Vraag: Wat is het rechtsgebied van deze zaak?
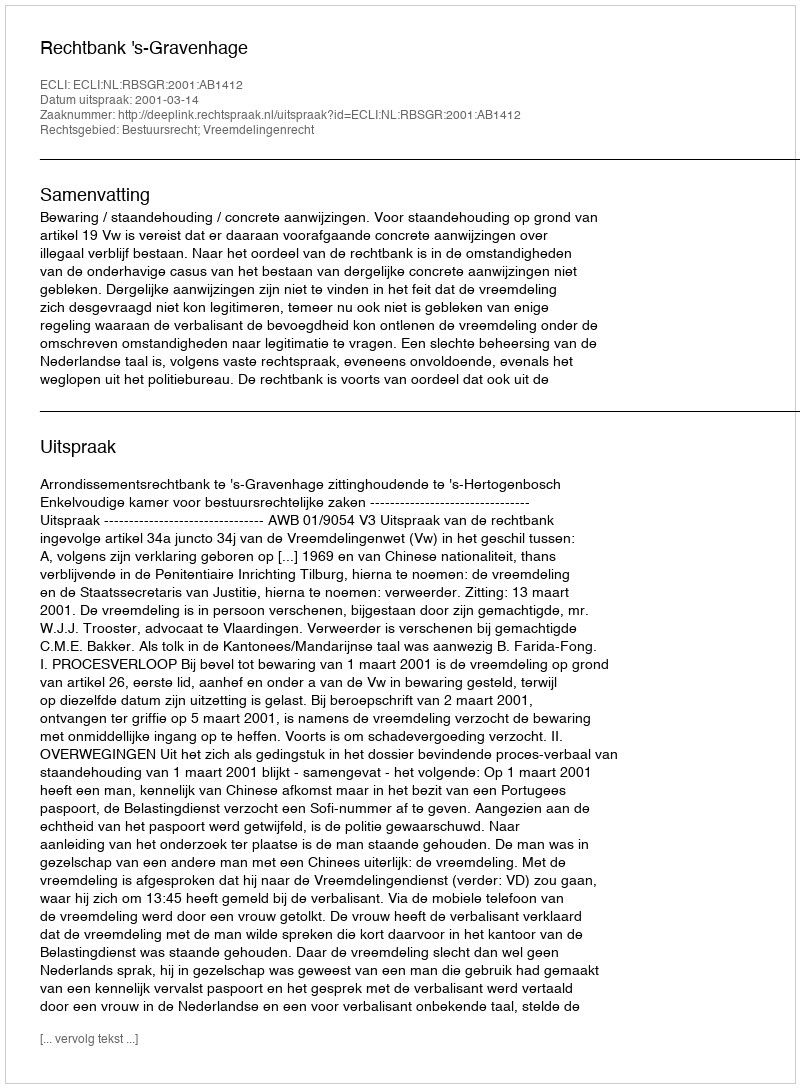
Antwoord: Bestuursrecht; Vreemdelingenrecht